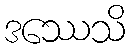
ဒဿေသိ